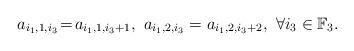
LaTeX: \begin{align*}a_{i_1,1,i_3}\!=\!a_{i_1,1,i_3+1},\,\,a_{i_1,2,i_3}=a_{i_1,2,i_3+2},\,\,\forall i_3\in{\mathbb F}_3.\end{align*}